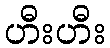
ဟီးဟီး